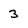
Character: 3